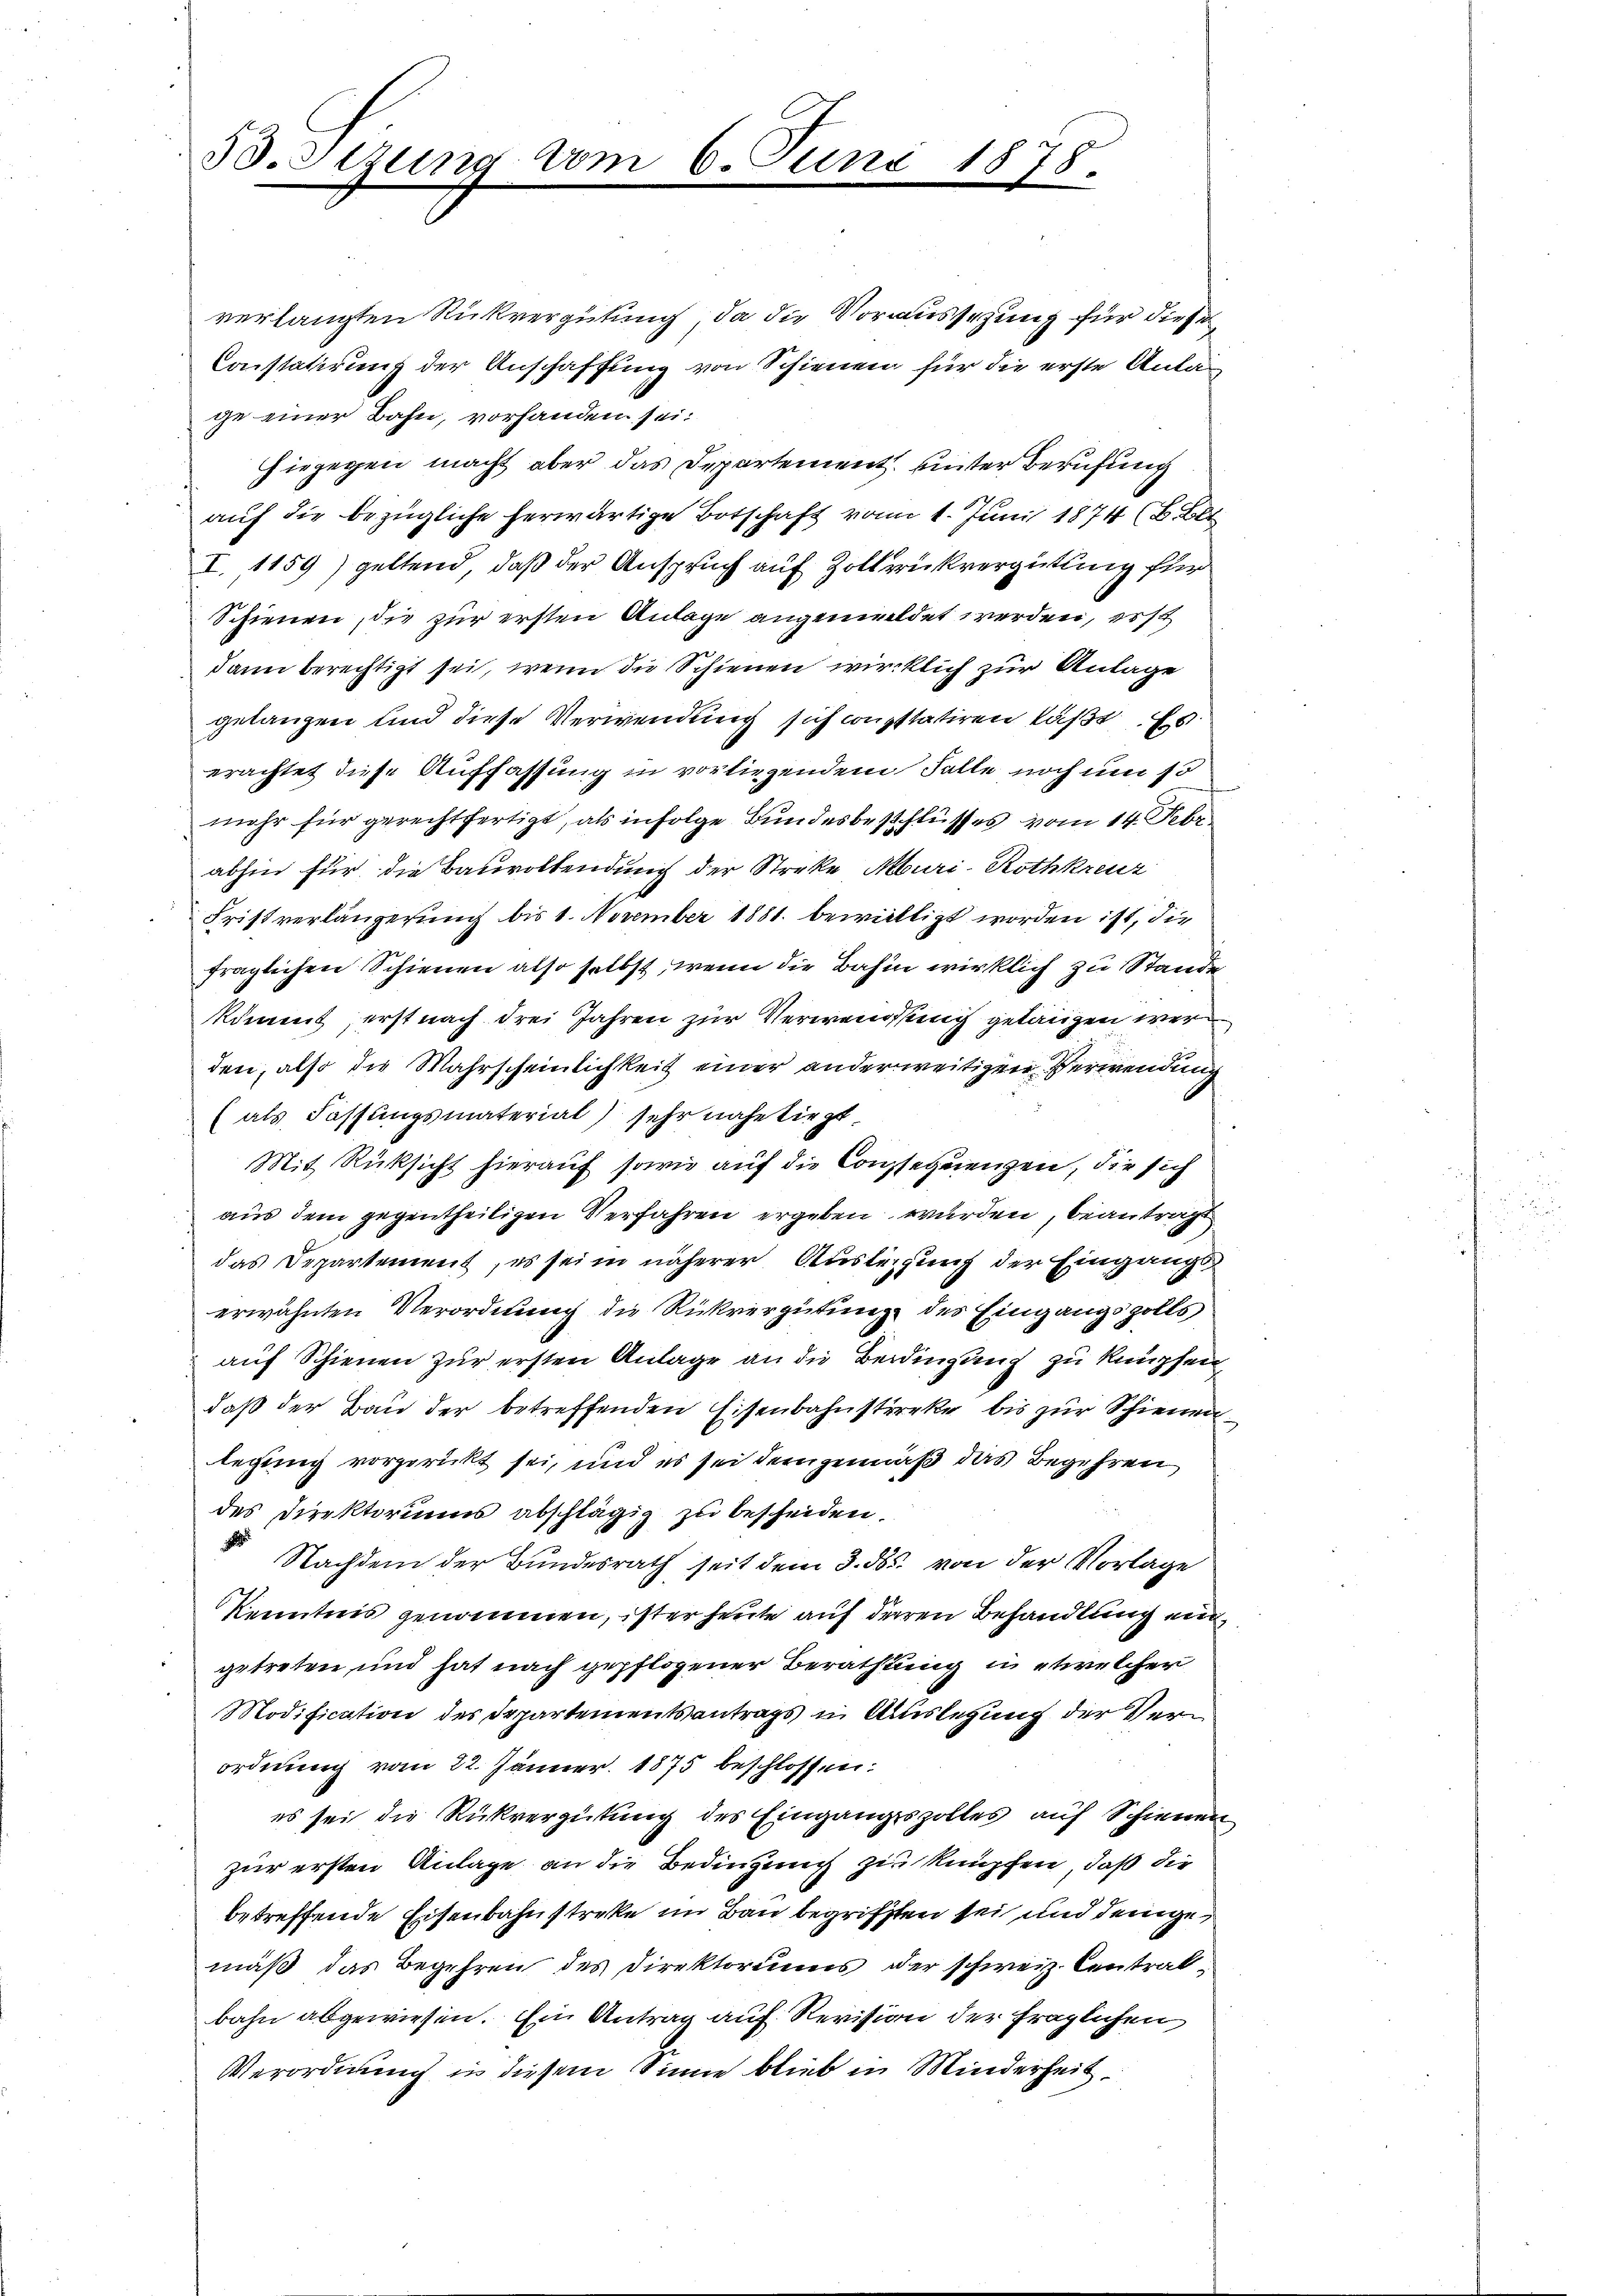
B.Sizung vom

6. Juni
.

1878.

Verordnung in diesem Sinne blieb in Minderheit.

verlangten Rückvergütung, da die Voraussehung für diese
Constatirung der Anschaffung von Schienen für die erste Anlage einer Bahn, vorhanden sei.
hiegegen macht aber das Departement unter Berufung
aŭf die bezügliche herwärtige Botschaft vom 1. Juni 1874 (Bilt
I. 1159) geltend, daß der Anspruch auf Zollbrückvergütung für
Schienen, die zur ersten Anlage angemeldet werden, erst
dann berechtigt sei, wenn die Schienen wirklich zur Anlage
gelangen und diese Verwendung sich consstatiren laßt Es
erachtet diese Auffassung in vorliegendem Falle noch um 10
mehr für gerechtfertigt, als infolge Bundesbeschlusses vom 14. Febr
abhin für die Bauvollendung der Streke Mburi-Rothkreuz
Fristverlängerung bis 1. November 1881. bewilligt worden ist, die
fraglichen Schienen also selbst, wenn die Bahn wirklich zu Stande
kömmt, erst nach drei Jahren zur Verwendung gelangen werden, also die Wahrscheinlichkeit einer anderweitigen Verwendung
(als Fassungsmaterial sehr nahe liegt
Mit Rücksicht hierauf sowie auf die Consequenzen, die sich
aŭs dem gegentheiligen Verfahren ergeben würden, beantragt
das Departement, es sei in näherer Auslegung der Eingangs
erwähnten Verordnung die Rückvergütung des Eingangszolls
auf Schienen zur ersten Anlage an die Bedingung zu knüpfen
daß der Bau der betreffenden Eisenbahnstärke bis zur Schienen
legung vorgerückt sei, und es sei demgemäß das Begehren
des Direktoriums abschlägig zu bescheiden.
Nachdem der Bundesrath seit dem 3. ds. von der Vorlage
Kenntnis genommen, ister heute auf deren Behandlung eingetreten und hat nach gepflogener Berathung in etwelcher
Modification des Departementantrags in Auslegung der Verordnung vom 22. Jänner. 1875 beschlossen:
es sei die Rückvergütung des Eingangszolles auf Schienen
zur ersten Anlage an die Bedingung zu knüpfen, daß die
betreffende Eisenbahnstreke im Bau begrifften sei und jenige
mäß, das Begehren des Direktoriums der schweiz. Centralbahn abgewiesen. Ein Antrag auf Revision der fraglichen